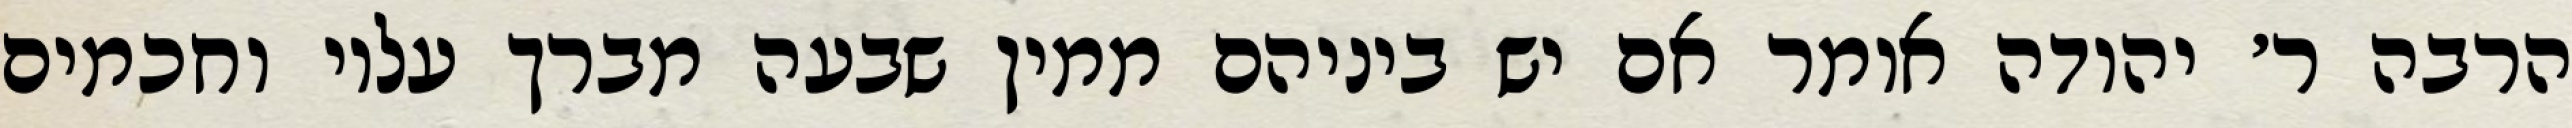
הרבה ר׳ יהודה אומר אם יש ביניהם ממין שבעה מברך עליו וחכמים